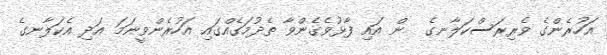
އަހުރެންގެ ވެރިރަސްކަލާނގެ  ން އައި ފާޅުވެގެންވާ ތެދުމަގެއްގައި އަހުރެންވީނަމަ އަދި އެކަލާނގެ